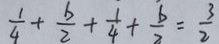
\frac { 1 } { 4 } + \frac { b } { 2 } + \frac { 1 } { 4 } + \frac { b } { 2 } = \frac { 3 } { 2 }